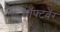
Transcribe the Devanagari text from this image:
सॉफ्टवॅर